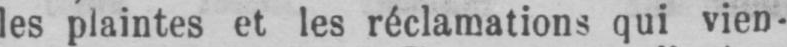
les plaintes et les réclamations qui vien-